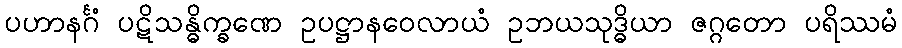
ပဟာနင်္ဂံ ပဋိသန္ဓိက္ခဏေ ဥပဋ္ဌာနဝေလာယံ ဥဘယသုဒ္ဓိယာ ဇဂ္ဂတော ပရိဿမံ